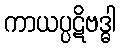
ကာယပ္ပဋိဗဒ္ဓါ